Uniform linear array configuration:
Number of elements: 12
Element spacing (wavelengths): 0.5
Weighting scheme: blackman
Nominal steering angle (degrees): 0
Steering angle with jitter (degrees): -0.4581
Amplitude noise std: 0.05
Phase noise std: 0.05

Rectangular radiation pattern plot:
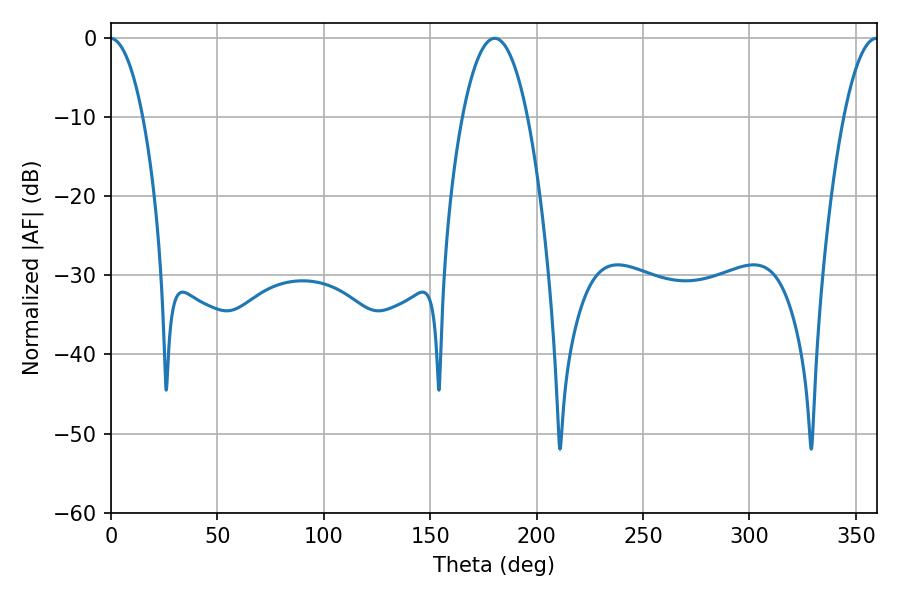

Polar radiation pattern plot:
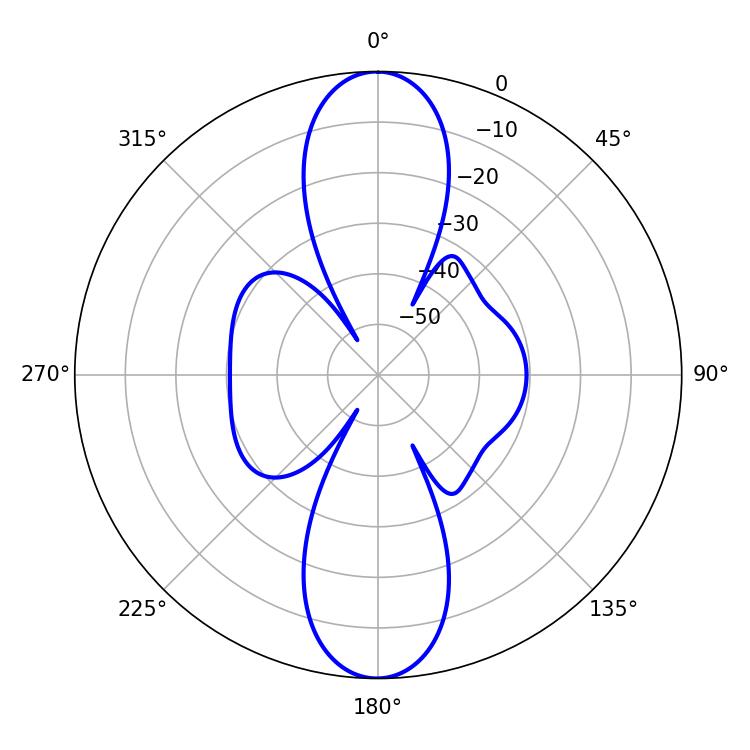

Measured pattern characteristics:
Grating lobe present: FALSE
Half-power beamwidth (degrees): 16.92
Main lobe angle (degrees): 180.36